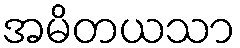
အမိတယသာ